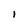
Character: I